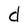
Character: d